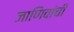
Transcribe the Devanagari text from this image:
जाणिवांची